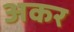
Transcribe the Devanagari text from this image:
अकर